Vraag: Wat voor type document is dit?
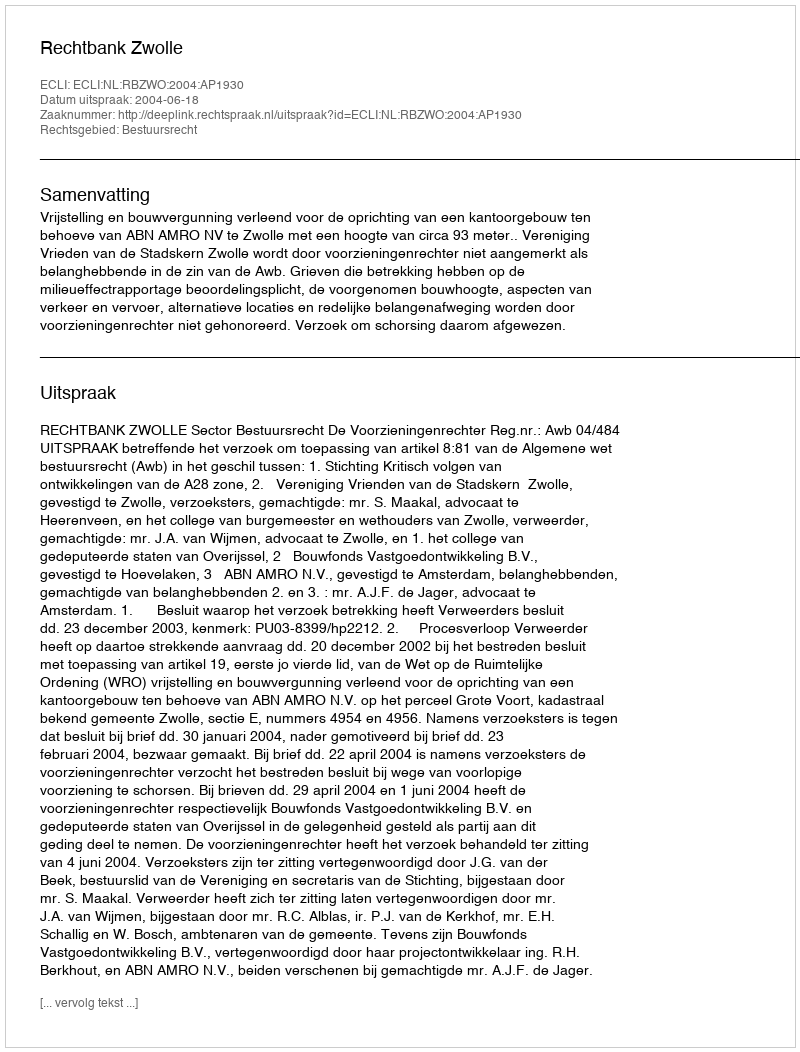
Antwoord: Uitspraak